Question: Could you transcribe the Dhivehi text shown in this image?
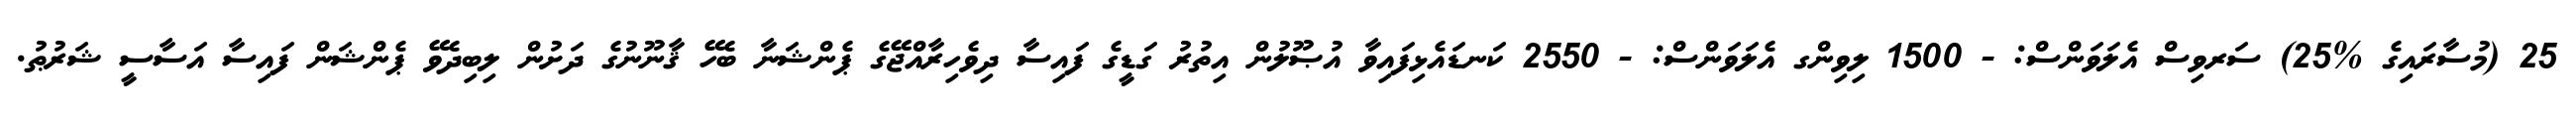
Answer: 25 (މުސާރައިގެ %25) ސަރވިސް އެލަވަންސް: - 1500 ލިވިންގ އެލަވަންސް: - 2550 ކަނޑައެޅިފައިވާ އުޞޫލުން އިތުރު ގަޑީގެ ފައިސާ ދިވެހިރާއްޖޭގެ ޕެންޝަނާ ބެހޭ ޤާނޫނުގެ ދަށުން ލިބިދެވޭ ޕެންޝަން ފައިސާ އަސާސީ ޝަރުޠު.